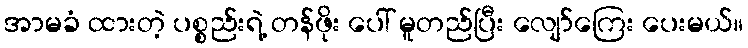
အာမခံ ထားတဲ့ ပစ္စည်းရဲ့ တန်ဖိုး ပေါ် မူတည်ပြီး လျော်ကြေး ပေးမယ်။